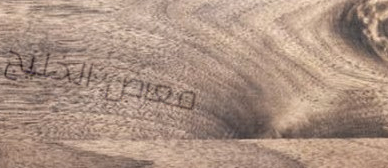
معرض الخليج